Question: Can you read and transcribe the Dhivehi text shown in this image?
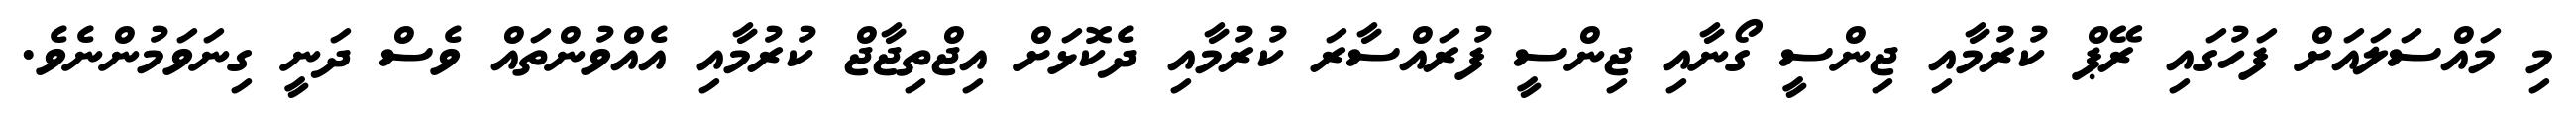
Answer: މި މައްސަލައަށް ފަހުގައި ރޭޕް ކުރުމާއި ޖިންސީ ގޯނާއި ޖިންސީ ފުރައްސާރަ ކުރުމާއި ދެކޮޅަށް އިޖްތިޖާޖް ކުރުމާއި އެއްވުންތައް ވެސް ދަނީ ގިނަވަމުންނެވެ.